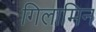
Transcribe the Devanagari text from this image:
गिलामिन